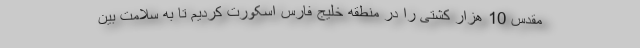
مقدس 10 هزار کشتی را در منطقه خلیج فارس اسکورت کردیم تا به سلامت بین